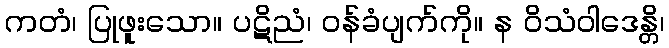
ကတံ၊ ပြုဖူးသော။ ပဋိညံ၊ ဝန်ခံပျက်ကို။ န ဝိသံဝါဒေန္တိ၊